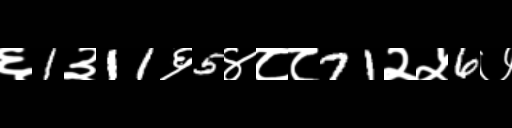
Text: ६1३11६5४८८71२५6७